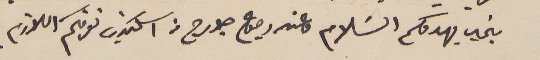
بخير يهدوكم السًلام وعند رجوع جورج من اسكندريه نعرفكم اللازم